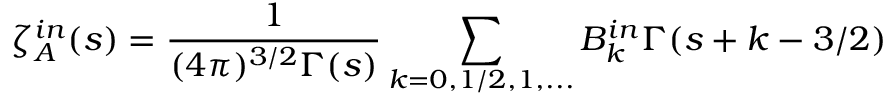
\zeta _ { A } ^ { i n } ( s ) = \frac { 1 } { ( 4 \pi ) ^ { 3 / 2 } \Gamma ( s ) } \sum _ { k = 0 , 1 / 2 , 1 , . . . } B _ { k } ^ { i n } \Gamma ( s + k - 3 / 2 )